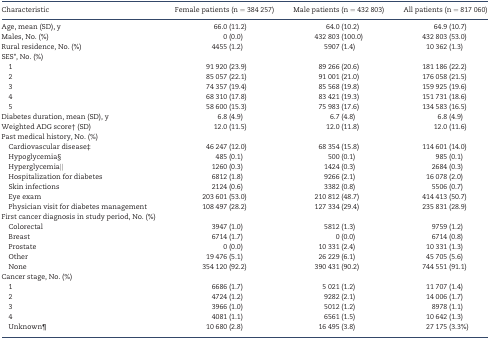
<table><thead><tr><td><b>Characteristic</b></td><td><b>Female patients (n = 384 257)</b></td><td><b>Male patients (n = 432 803)</b></td><td><b>All patients (n = 817 060)</b></td></tr></thead><tbody><tr><td>Age, mean (SD), y</td><td>66.0 (11.2)</td><td>64.0 (10.2)</td><td>64.9 (10.7)</td></tr><tr><td>Males, No. (%)</td><td>0 (0.0)</td><td>432 803 (100.0)</td><td>432 803 (53.0)</td></tr><tr><td>Rural residence, No. (%)</td><td>4455 (1.2)</td><td>5907 (1.4)</td><td>10 362 (1.3)</td></tr><tr><td>SES*, No. (%)</td><td></td><td></td><td></td></tr><tr><td> 1</td><td>91 920 (23.9)</td><td>89 266 (20.6)</td><td>181 186 (22.2)</td></tr><tr><td> 2</td><td>85 057 (22.1)</td><td>91 001 (21.0)</td><td>176 058 (21.5)</td></tr><tr><td> 3</td><td>74 357 (19.4)</td><td>85 568 (19.8)</td><td>159 925 (19.6)</td></tr><tr><td> 4</td><td>68 310 (17.8)</td><td>83 421 (19.3)</td><td>151 731 (18.6)</td></tr><tr><td> 5</td><td>58 600 (15.3)</td><td>75 983 (17.6)</td><td>134 583 (16.5)</td></tr><tr><td>Diabetes duration, mean (SD), y</td><td>6.8 (4.9)</td><td>6.7 (4.8)</td><td>6.8 (4.9)</td></tr><tr><td>Weighted ADG score† (SD)</td><td>12.0 (11.5)</td><td>12.0 (11.8)</td><td>12.0 (11.6)</td></tr><tr><td>Past medical history, No. (%)</td><td></td><td></td><td></td></tr><tr><td> Cardiovascular disease‡</td><td>46 247 (12.0)</td><td>68 354 (15.8)</td><td>114 601 (14.0)</td></tr><tr><td> Hypoglycemia§</td><td>485 (0.1)</td><td>500 (0.1)</td><td>985 (0.1)</td></tr><tr><td> Hyperglycemia‖</td><td>1260 (0.3)</td><td>1424 (0.3)</td><td>2684 (0.3)</td></tr><tr><td> Hospitalization for diabetes</td><td>6812 (1.8)</td><td>9266 (2.1)</td><td>16 078 (2.0)</td></tr><tr><td> Skin infections</td><td>2124 (0.6)</td><td>3382 (0.8)</td><td>5506 (0.7)</td></tr><tr><td> Eye exam</td><td>203 601 (53.0)</td><td>210 812 (48.7)</td><td>414 413 (50.7)</td></tr><tr><td> Physician visit for diabetes management</td><td>108 497 (28.2)</td><td>127 334 (29.4)</td><td>235 831 (28.9)</td></tr><tr><td>First cancer diagnosis in study period, No. (%)</td><td></td><td></td><td></td></tr><tr><td> Colorectal</td><td>3947 (1.0)</td><td>5812 (1.3)</td><td>9759 (1.2)</td></tr><tr><td> Breast</td><td>6714 (1.7)</td><td>0 (0.0)</td><td>6714 (0.8)</td></tr><tr><td> Prostate</td><td>0 (0.0)</td><td>10 331 (2.4)</td><td>10 331 (1.3)</td></tr><tr><td> Other</td><td>19 476 (5.1)</td><td>26 229 (6.1)</td><td>45 705 (5.6)</td></tr><tr><td> None</td><td>354 120 (92.2)</td><td>390 431 (90.2)</td><td>744 551 (91.1)</td></tr><tr><td>Cancer stage, No. (%)</td><td></td><td></td><td></td></tr><tr><td> 1</td><td>6686 (1.7)</td><td>5 021 (1.2)</td><td>11 707 (1.4)</td></tr><tr><td> 2</td><td>4724 (1.2)</td><td>9282 (2.1)</td><td>14 006 (1.7)</td></tr><tr><td> 3</td><td>3966 (1.0)</td><td>5012 (1.2)</td><td>8978 (1.1)</td></tr><tr><td> 4</td><td>4081 (1.1)</td><td>6561 (1.5)</td><td>10 642 (1.3)</td></tr><tr><td> Unknown¶</td><td>10 680 (2.8)</td><td>16 495 (3.8)</td><td>27 175 (3.3%)</td></tr></tbody></table>